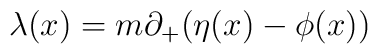
{\lambda }(x)=m{\partial }_{+}({\eta }(x)-{\phi }(x))